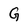
Character: G